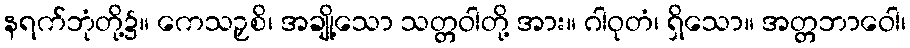
နရက်ဘုံတို့၌။ ကေသဉှစိ၊ အချို့သော သတ္တဝါတို့ အား။ ဂါဝုတံ၊ ရှိသော။ အတ္တဘာဝေါ၊